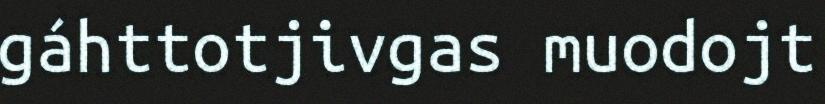
gáhttotjivgas muodojt